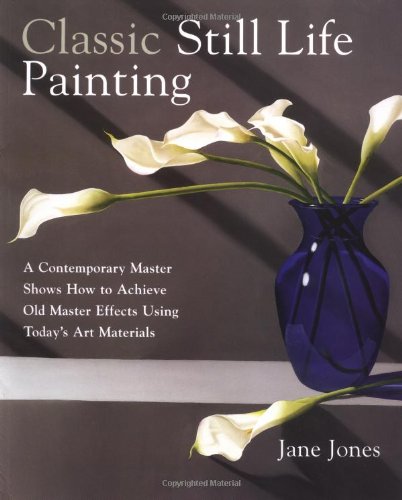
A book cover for Classic Still Life Painting: A Contemporary Master Shows How to Achieve Old Master Effects Using Today's Art Materials; Jane Jones; Arts & Photography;